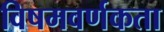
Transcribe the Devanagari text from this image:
विषमवर्णकता